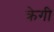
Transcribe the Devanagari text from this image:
क्रेगी